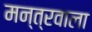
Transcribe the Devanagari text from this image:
मन्त्रवाला